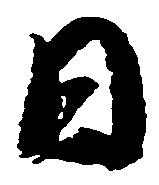
日